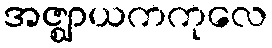
အဇ္ဈာယကကုလေ